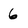
Character: 6